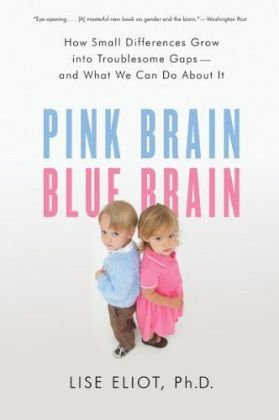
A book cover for Pink Brain, Blue Brain: How Small Differences Grow Into Troublesome Gaps -- And What We Can Do About It; Lise Eliot; Medical Books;